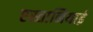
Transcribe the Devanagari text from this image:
एस्तानियाई